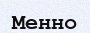
Менно